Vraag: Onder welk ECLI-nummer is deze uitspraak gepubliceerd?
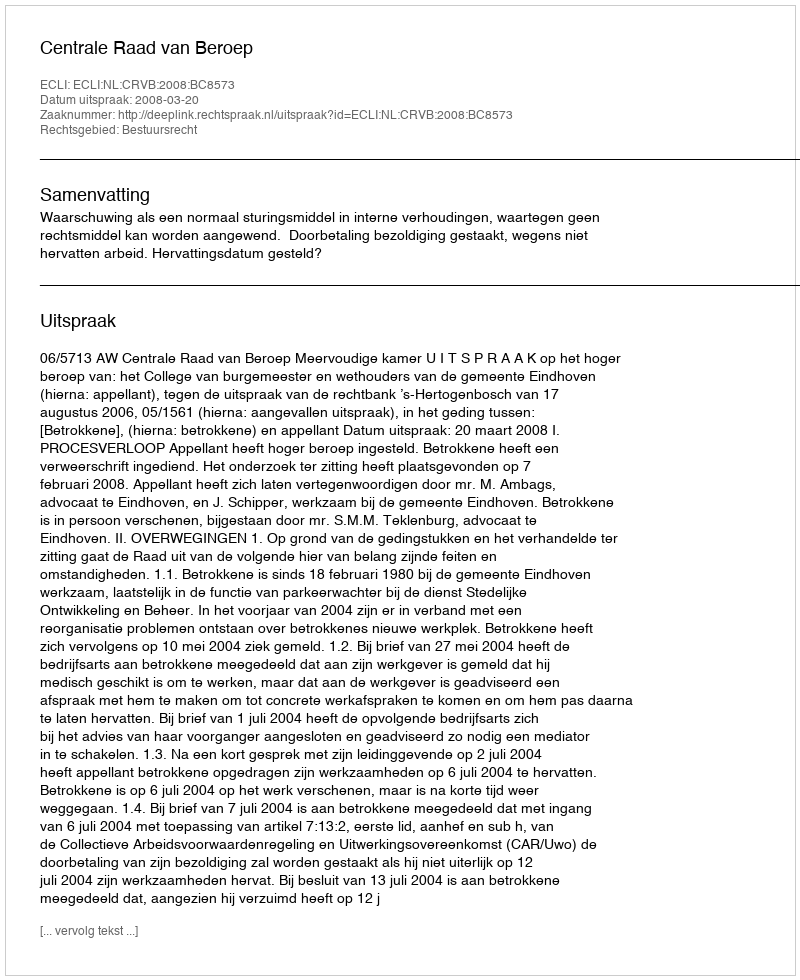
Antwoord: ECLI:NL:CRVB:2008:BC8573